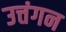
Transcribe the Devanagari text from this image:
उत्तंगन